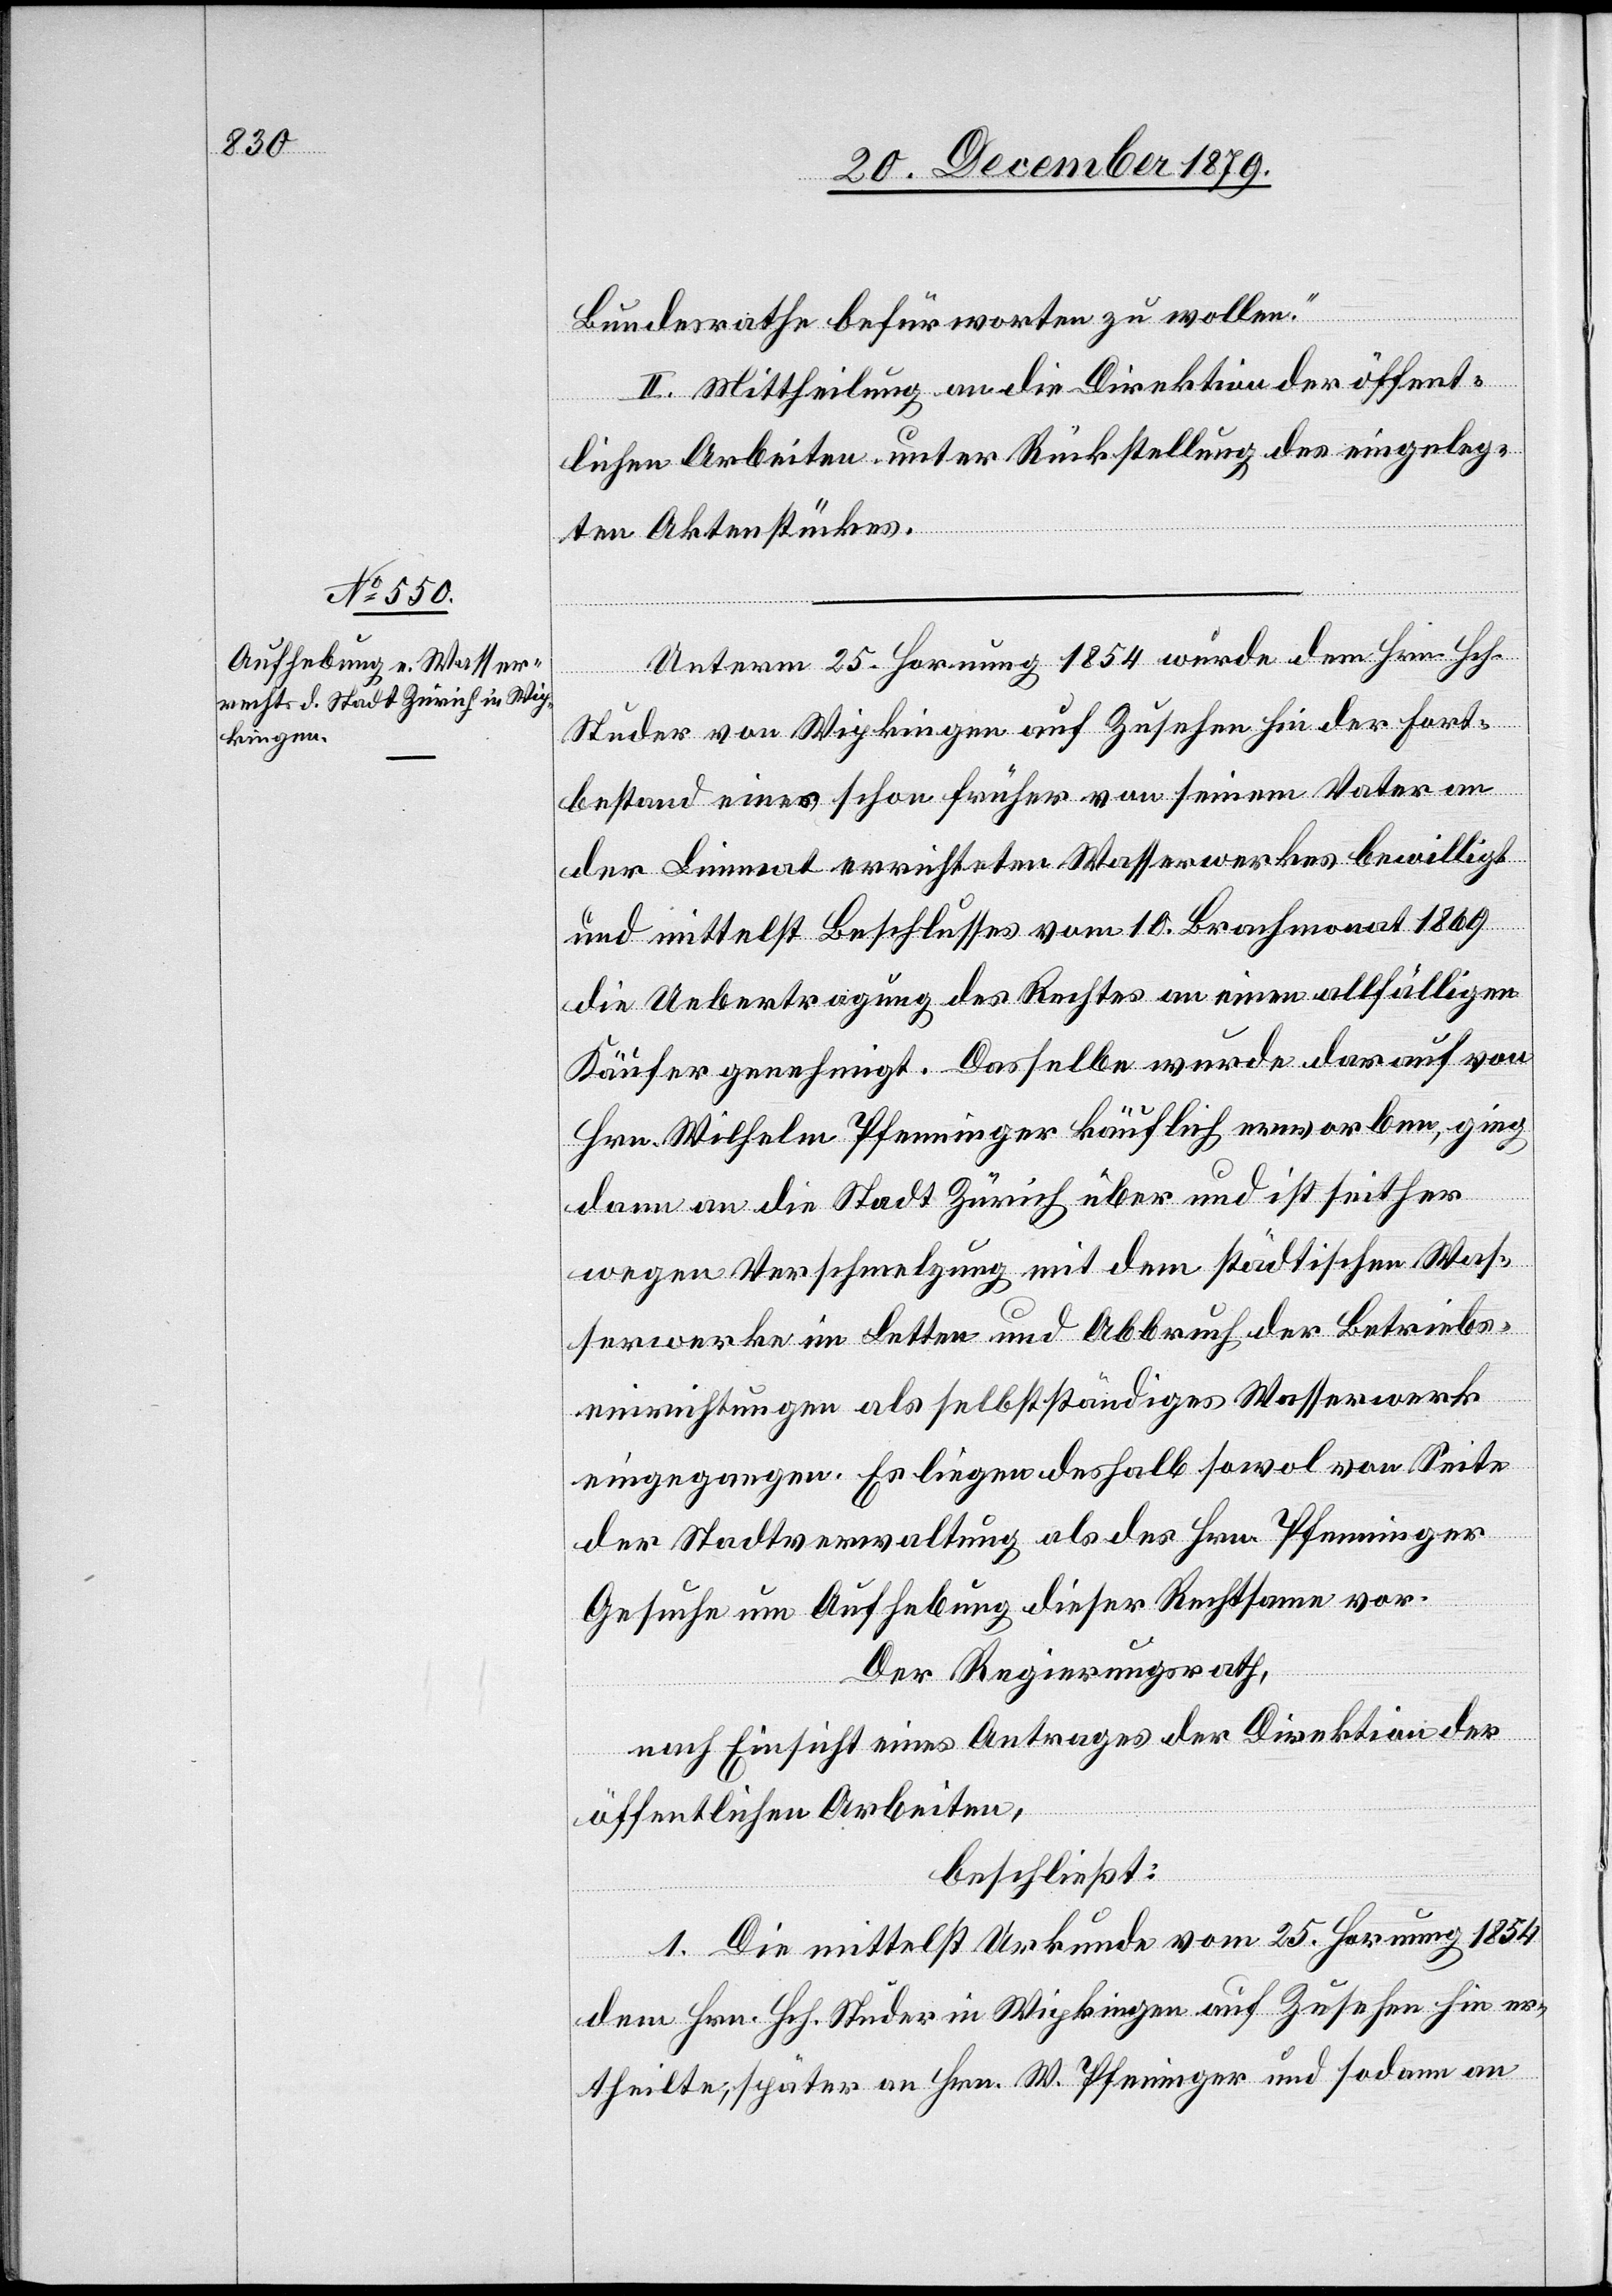
Bundesrath befürworten zu wollen.“
II. Mittheilung an die Direktion der öffent¬
lichen Arbeiten unter Rückstellung des eingeleg¬
ten Aktenstückes.
Unterm 25. Hornung 1854 wurde dem Hrn. Hch.
Studer von Wipkingen auf Zusehen hin der Fort¬
bestand eines schon früher von seinem Vater an
der Limmat errichteten Wasserwerkes bewilligt
und mittelst Beschlusses vom 10. Brachmonat 1869
die Uebertragung des Rechtes an einen allfälligen
Käufer genehmigt. Das selbe wurde darauf von
Hrn. Wilhelm Pfenninger käuflich erworben, ging
dann an die Stadt Zürich über und ist seither
wegen Verschmelzung mit dem städtischen Was¬
serwerke im Letten und Abbruch der Betriebs¬
einrichtungen als selbstständiges Wasserwerk
eingegangen. Es liegen deshalb sowol von Seite
der Stadtverwaltung als des Hrn. Pfenninger
Gesuche um Aufhebung dieser Rechtsame vor.
Der Regierungsrath,
nach Einsicht eines Antrages der Direktion der
öffentlichen Arbeiten,
beschließt:
1. Die mittelst Urkunde vom 25. Hornung 1854
dem Hrn. Hch. Studer in Wipkingen auf Zusehen hin er¬
theilte, später von Hrn. W. Pfenninger und sodann an